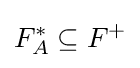
F_{A}^{*}\subseteq F^{+}